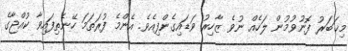
މިޚަބަރު ފޮނުވުމުން ލަހެއް ނުވެ ޒާހިރު ވަޑައިގެންފިއެވެ. އެންމެ ފުރަތަމަ ހޭނެތިފައިވާ ކުއްޖާގެ